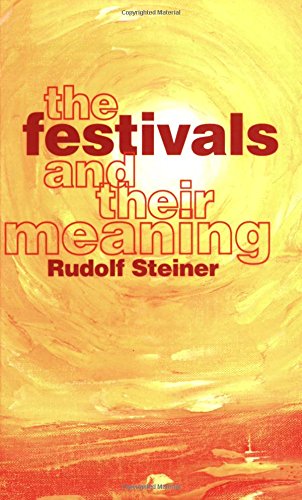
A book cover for The Festivals and Their Meaning: What Do the Festivals Mean to Us Today?; Rudolf Steiner; Religion & Spirituality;